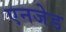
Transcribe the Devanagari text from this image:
एनजेड